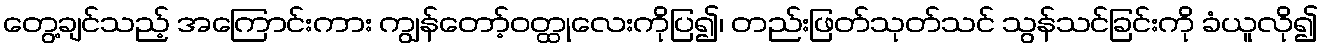
တွေ့ချင်သည့် အကြောင်းကား ကျွန်တော့်ဝတ္ထုလေးကိုပြ၍၊ တည်းဖြတ်သုတ်သင် သွန်သင်ခြင်းကို ခံယူလို၍